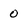
Character: 0